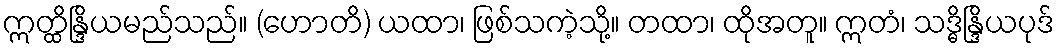
ဣတ္ထိန္ဒြိယမည်သည်။ (ဟောတိ) ယထာ၊ ဖြစ်သကဲ့သို့။ တထာ၊ ထိုအတူ။ ဣတံ၊ သဒ္ဓိန္ဒြိယပုဒ်